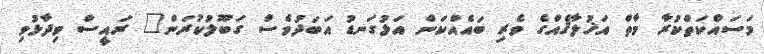
މަސައްކަތްކުރާ މާތް އަޚުލާޤެއްގެ ވެރި ބައެއްކަން އަޅުގަނޑު އަބަދުވެސް ގަބޫލުކުރަން" ރައީސް ވިދާޅުވި